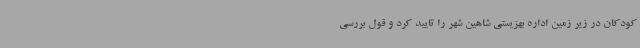
کودکان در زیر زمین اداره بهزیستی شاهین شهر را تایید کرد و قول بررسی